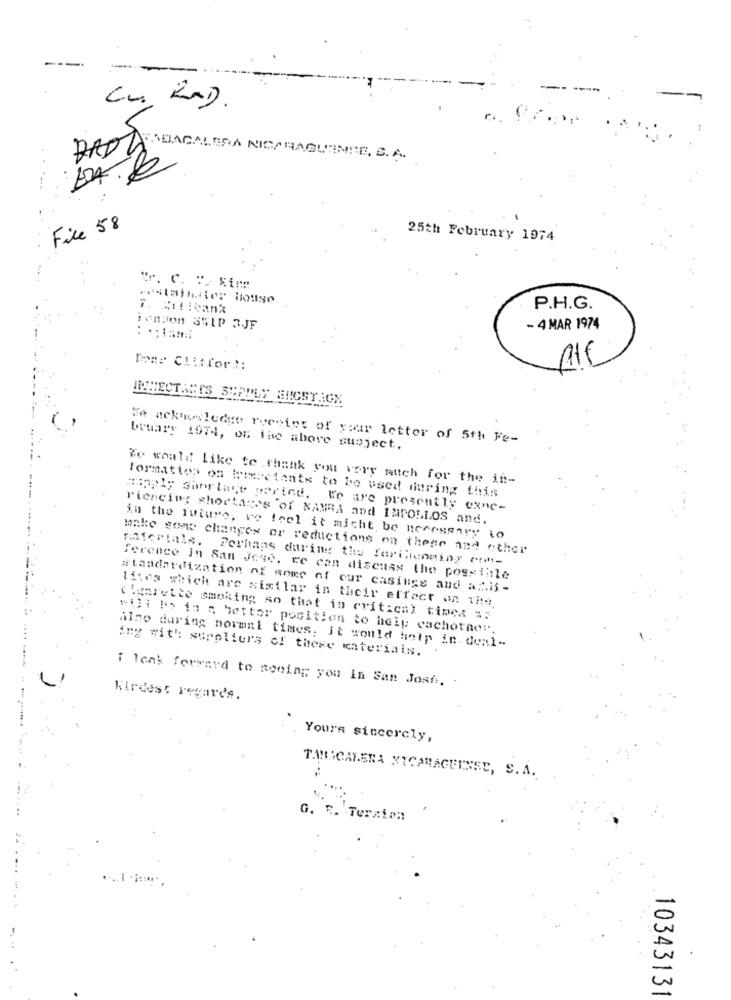
DADATABACALERA NICARAGUENSE SA
File 58
25th February 1974
Tr. C. :. King
P.H.G.
ionion SWIP 3JF
- 4 MAR 1974
Tone Cliffor !:
IP.HECTASTS SUPPLY BUCSTICK
We ackwledge receipt of your letter of 5th Fe-
bruary 1974, os fac above subject.
We would like to thank you very much for the in-
Formation os humectante to be used during this
Hogy Sabrline perind. We are presently exnc-
riencing shortages of NANBA and INPOLLOS and.
in the future, ve feel it micht be necessary io
make some changes or reductions on thege and other
materials. Perhaps during the fariltenminy cont-
ference in San Jose, ce con discuss the posstile
# landardization of anme of our casings and az.if -
lives which are similar in their effect on vite
cigarette smoking so that in critical times =:
will be in a better position to heig cachotne"
Also during normal times. it would help in. deal-
ing with suppliers of these materiais.
i leak forward to seeing you in San Josh ..
Kindest regards.
Yours sincerely,
TABACALERA NICARAGUISSE, S.A.
G.
Terzian
10343131